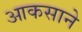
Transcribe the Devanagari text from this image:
आकसाने